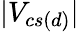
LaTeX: |V_{cs(d)}|